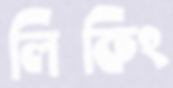
লিকিং